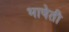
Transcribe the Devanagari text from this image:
भाषेती